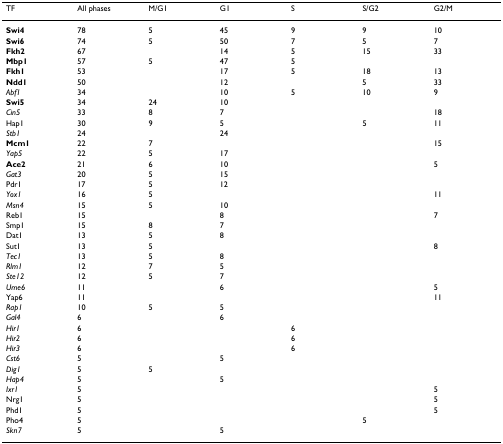
| TF | All phases | M/G1 | G1 | S | S/G2 | G2/M |
 | --- | --- | --- | --- | --- | --- | --- |
 | Swi4 | 78 | 5 | 45 | 9 | 9 | 10 |
 | Swi6 | 74 | 5 | 50 | 7 | 5 | 7 |
 | Fkh2 | 67 |  | 14 | 5 | 15 | 33 |
 | Mbp1 | 57 | 5 | 47 | 5 |  |  |
 | Fkh1 | 53 |  | 17 | 5 | 18 | 13 |
 | Ndd1 | 50 |  | 12 |  | 5 | 33 |
 | Abf1 | 34 |  | 10 | 5 | 10 | 9 |
 | Swi5 | 34 | 24 | 10 |  |  |  |
 | Cin5 | 33 | 8 | 7 |  |  | 18 |
 | Hap1 | 30 | 9 | 5 |  | 5 | 11 |
 | Stb1 | 24 |  | 24 |  |  |  |
 | Mcm1 | 22 | 7 |  |  |  | 15 |
 | Yap5 | 22 | 5 | 17 |  |  |  |
 | Ace2 | 21 | 6 | 10 |  |  | 5 |
 | Gat3 | 20 | 5 | 15 |  |  |  |
 | Pdr1 | 17 | 5 | 12 |  |  |  |
 | Yox1 | 16 | 5 |  |  |  | 11 |
 | Msn4 | 15 | 5 | 10 |  |  |  |
 | Reb1 | 15 |  | 8 |  |  | 7 |
 | Smp1 | 15 | 8 | 7 |  |  |  |
 | Dat1 | 13 | 5 | 8 |  |  |  |
 | Sut1 | 13 | 5 |  |  |  | 8 |
 | Tec1 | 13 | 5 | 8 |  |  |  |
 | Rlm1 | 12 | 7 | 5 |  |  |  |
 | Ste12 | 12 | 5 | 7 |  |  |  |
 | Ume6 | 11 |  | 6 |  |  | 5 |
 | Yap6 | 11 |  |  |  |  | 11 |
 | Rap1 | 10 | 5 | 5 |  |  |  |
 | Gal4 | 6 |  | 6 |  |  |  |
 | Hir1 | 6 |  |  | 6 |  |  |
 | Hir2 | 6 |  |  | 6 |  |  |
 | Hir3 | 6 |  |  | 6 |  |  |
 | Cst6 | 5 |  | 5 |  |  |  |
 | Dig1 | 5 | 5 |  |  |  |  |
 | Hap4 | 5 |  | 5 |  |  |  |
 | Ixr1 | 5 |  |  |  |  | 5 |
 | Nrg1 | 5 |  |  |  |  | 5 |
 | Phd1 | 5 |  |  |  |  | 5 |
 | Pho4 | 5 |  |  |  | 5 |  |
 | Skn7 | 5 |  | 5 |  |  |  |